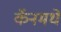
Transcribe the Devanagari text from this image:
कॅनमधे